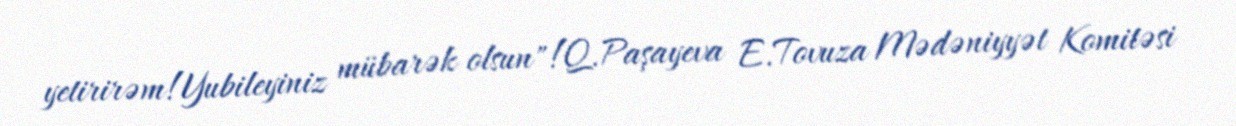
yetirirəm!Yubileyiniz mübarək olsun"!Q.Paşayeva E.Tovuza Mədəniyyət Komitəsi